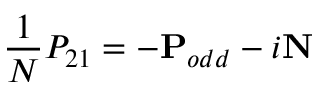
\frac { 1 } { N } P _ { 2 1 } = - \mathbf { P } _ { o d d } - i \mathbf { N }